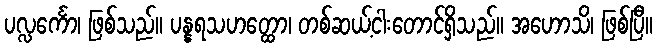
ပလ္လင်္ကော၊ ဖြစ်သည်။ ပန္နရသဟတ္ထော၊ တစ်ဆယ့်ငါးတောင်ရှိသည်။ အဟောသိ၊ ဖြစ်ပြီ။